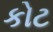
કોટ